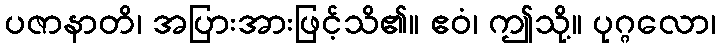
ပဇာနာတိ၊ အပြားအားဖြင့်သိ၏။ ဧဝံ၊ ဤသို့။ ပုဂ္ဂလော၊